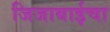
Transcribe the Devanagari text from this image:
जिजाबाईचा